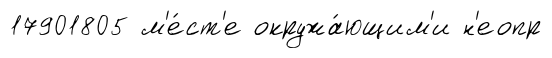
17901805 м'е́ст'е окружа́ющим'и н'еопр